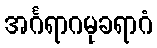
အင်္ဂရာဂမုခရာဂံ